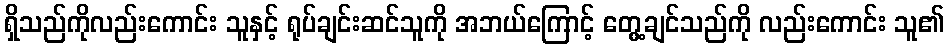
ရှိသည်ကိုလည်းကောင်း သူနှင့် ရုပ်ချင်းဆင်သူကို အဘယ်ကြောင့် တွေ့ချင်သည်ကို လည်းကောင်း သူ၏